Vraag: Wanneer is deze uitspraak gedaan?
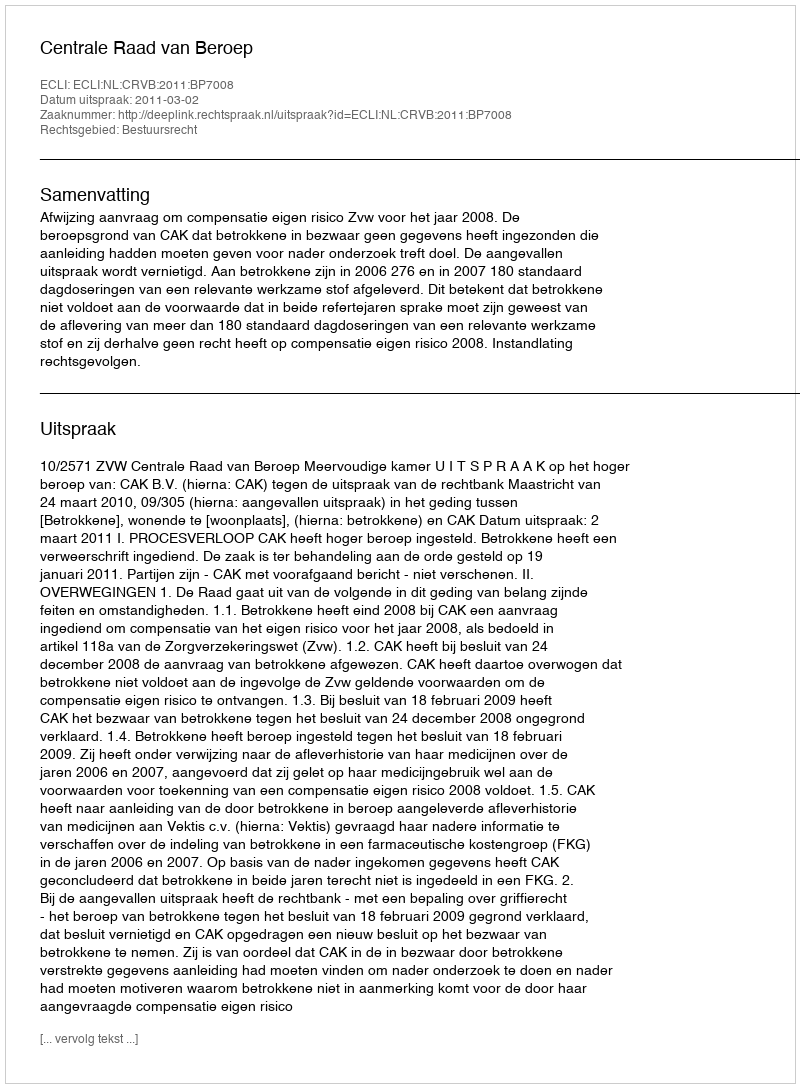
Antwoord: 2011-03-02